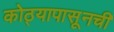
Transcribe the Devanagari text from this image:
कोठ्यापासूनची